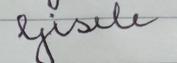
Signature authenticity: forged